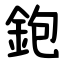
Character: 鉋